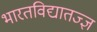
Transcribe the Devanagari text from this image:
भारतविद्यातज्ज्ञ